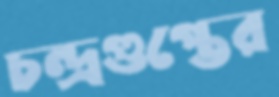
চন্দ্রগুপ্তের